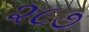
૨૮૭